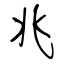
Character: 兆